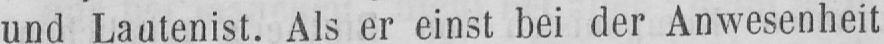
Als er einst bei der Anwesenheit